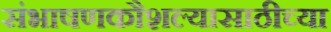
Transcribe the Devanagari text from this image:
संभाषणकौशल्यासाठीच्या